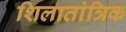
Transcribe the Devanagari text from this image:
शिलातांत्रिक